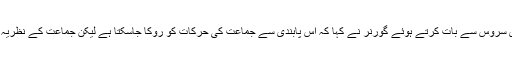
چند روز قبل بی بی سی ہندی سروس سے بات کرتے ہوئے گورنر نے کہا کہ اس پابندی سے جماعت کی حرکات کو روکا جاسکتا ہے لیکن جماعت کے نظریہ کو ختم نہیں کیاجاسکتا ہے ۔